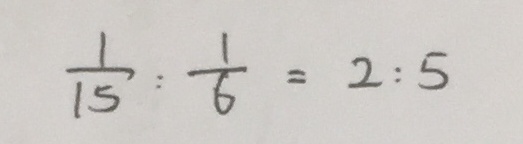
\frac { 1 } { 1 5 } : \frac { 1 } { 6 } = 2 : 5